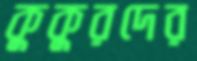
কুকুরদের